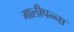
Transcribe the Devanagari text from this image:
मालीपन्‍ना